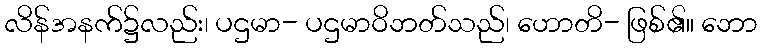
လိန်အနက်၌လည်း၊ ပဌမာ- ပဌမာဝိဘတ်သည်၊ ဟောတိ- ဖြစ်၏။ ဘော